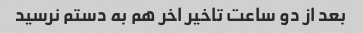
بعد از دو ساعت تاخیر اخر هم به دستم نرسید